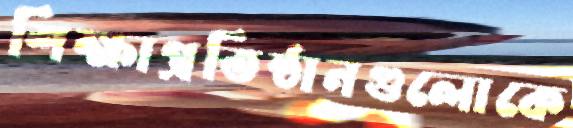
শিক্ষাপ্রতিষ্ঠানগুলোকে